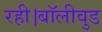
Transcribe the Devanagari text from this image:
रही।बॉलीवुड